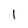
Character: 1